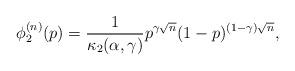
LaTeX: \begin{align*}\phi_2^{(n)}(p) = \frac{1}{\kappa_2(\alpha,\gamma)} p^{\gamma \sqrt{n}} (1-p)^{(1-\gamma)\sqrt{n}},\end{align*}